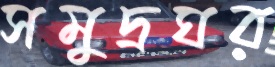
সমুদ্রঘর